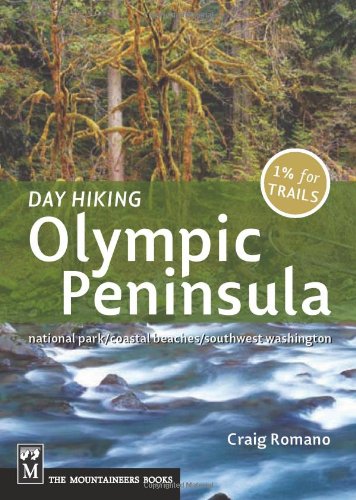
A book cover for Day Hiking, Olympic Peninsula (Done in a Day); Craig Romano; Sports & Outdoors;